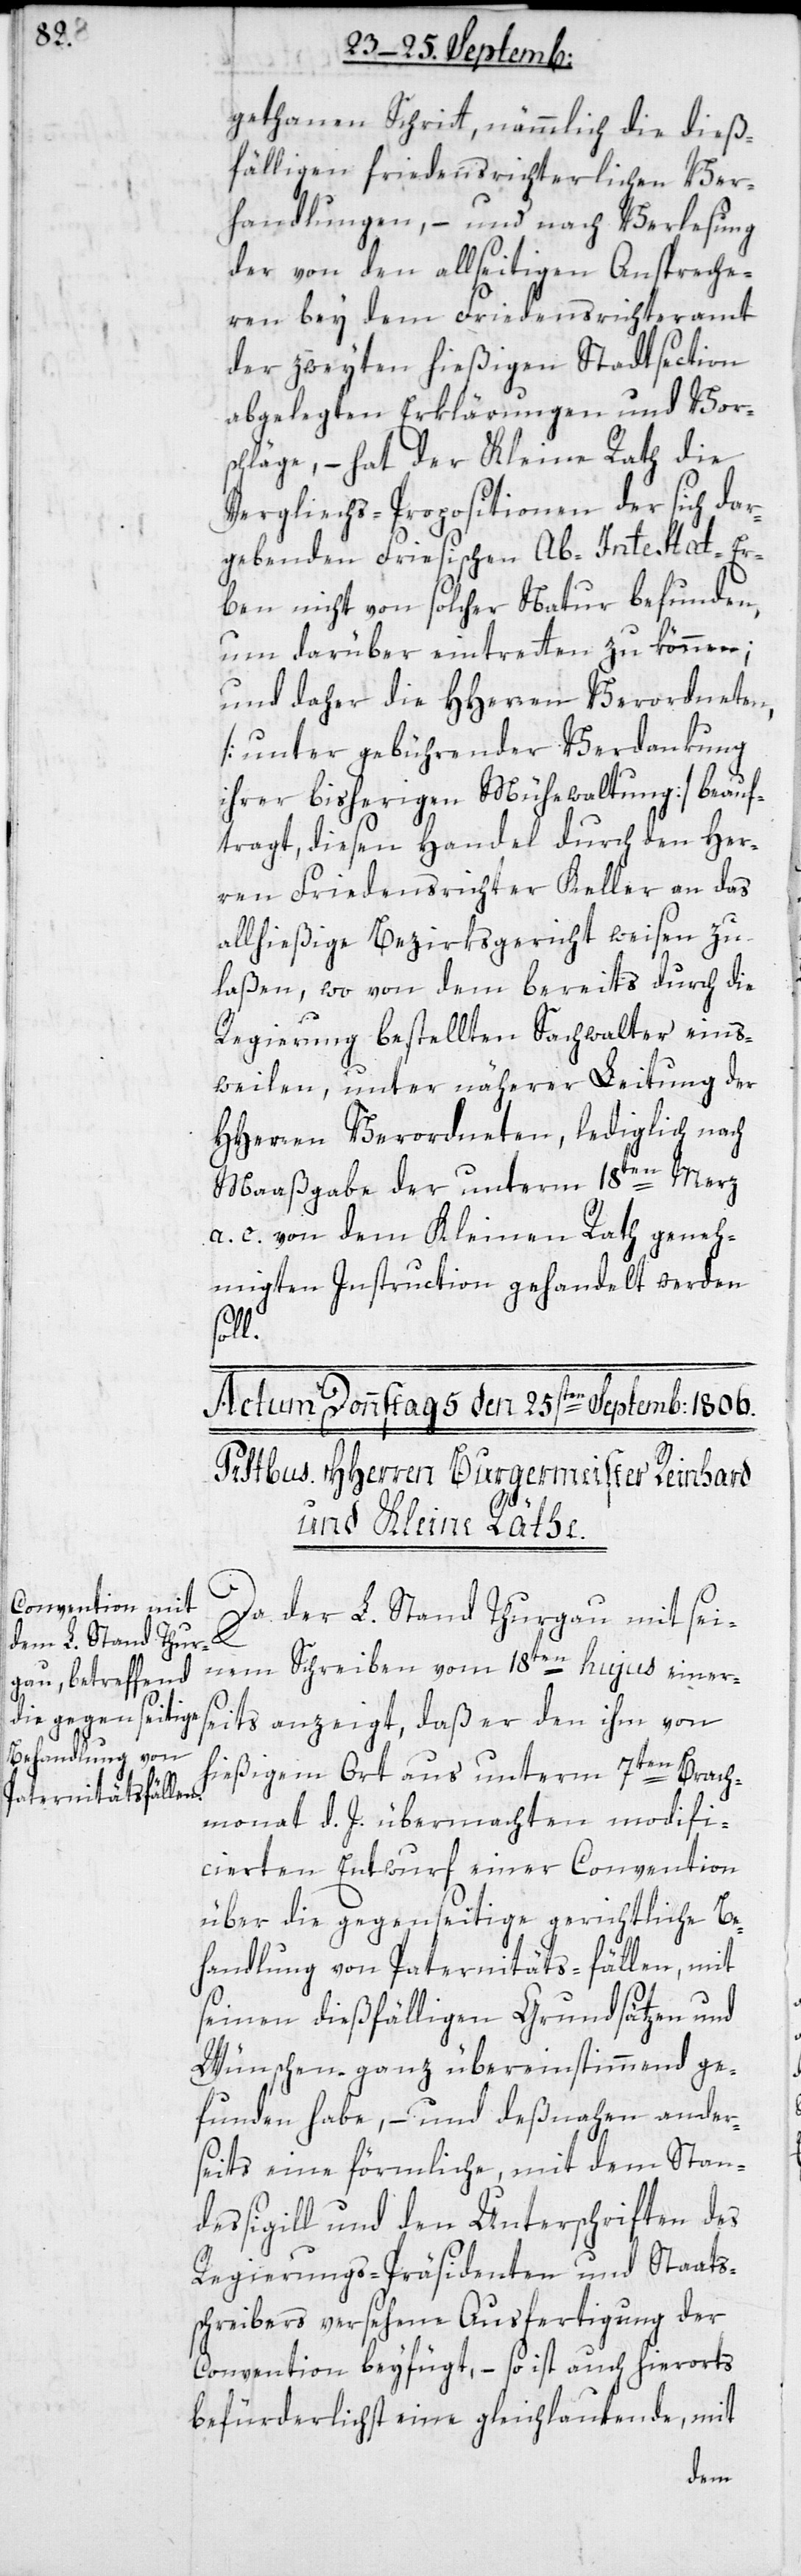
gethanen Schritt, nämmlich die dieß¬
fälligen friedensrichterlichen Ver¬
handlungen, – und nach Verlesung
der von den allseitigen Anspreche¬
ren bey dem Friedensrichteramt
der zweiten hießigen Stadtsection
abgelegten Erklärungen und Vor¬
schläge, – hat der Kleine Rath die
Vergliechs-Propositionen der sich dar¬
gebenden Friesischen Ab-Intestat-Er¬
ben nicht von solcher Natur befunden,
um darüber eintretten zu können;
und daher die HHerren Verordneten,
[unter gebührender Verdankung
ihrer bisherigen Mühewaltung] beauf¬
tragt, diesen Handel durch den Her¬
ren Friedensrichter Keller an das
allhießige Bezirksgericht weisen zu
laßen, wo von dem bereits durch die
Regierung bestellten Sachwalter eins¬
weilen, unter näherer Leitung der
HHerren Verordneten, lediglich nach
Maaßgabe der unterm 18ten Merz
a. c. von dem Kleinen Rath geneh¬
migten Instruction gehandelt werden
soll.
Da der L. Stand Thurgau mit sei¬
nem Schreiben vom 18ten hujus einer¬
seits anzeigt, daß er den ihm von
hießigem Ort aus unterm 7ten Brach¬
monat d. J. übermachten modifi¬
cierten Entwurf einer Convention
über die gegenseitige gerichtliche Be¬
handlung von Patrernitäts-fällen, mit
seinen dießfälligen Grundsätzen und
Wünschen ganz übereinstimmend ge¬
funden habe, – und deßnahen ander¬
seits eine förmliche, mit dem Stan¬
dessigill und den Unterschriften des
Regierungs-Präsidenten und Staats¬
schreibers versehene Ausfertigung der
Convention beyfügt, – so ist auch hierorts
befürderlichst eine gleichlautende, mit